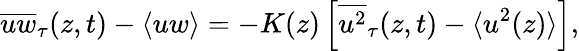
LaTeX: \overline{{uw}}_{\tau}(z,t)-\langle uw\rangle=-K(z)\left[\overline{{u^{2}}}_{\tau}(z,t)-\langle u^{2}(z)\rangle\right],